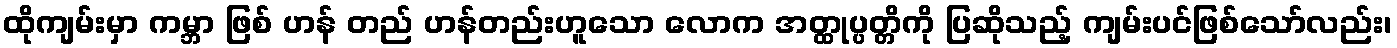
ထိုကျမ်းမှာ ကမ္ဘာ ဖြစ် ဟန် တည် ဟန်တည်းဟူသော လောက အတ္ထုပ္ပတ္တိကို ပြဆိုသည့် ကျမ်းပင်ဖြစ်သော်လည်း၊